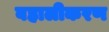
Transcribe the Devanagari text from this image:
बहालीकरण